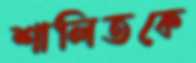
শালিতকে